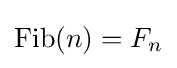
\operatorname {Fib} (n)=F_{n}